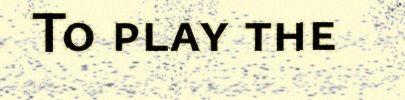
To play the